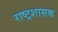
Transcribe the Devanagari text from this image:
राष्ट्रशासक